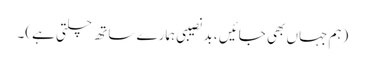
(ہم جہاں بھی جائیں ، بد نصیبی ہمارے ساتھ چلتی ہے)۔